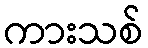
ကားသစ်